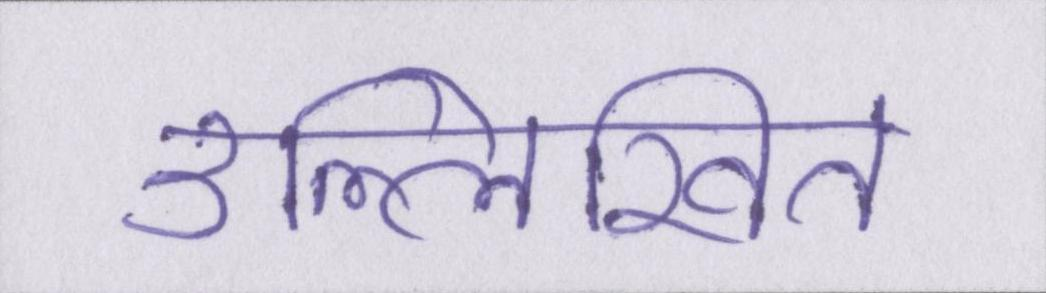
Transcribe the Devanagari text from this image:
उल्लिखित